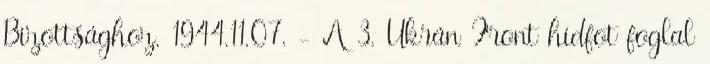
Bizottsághoz. 1944.11.07. - A 3. Ukrán Front hídfõt foglal